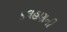
કલહણની